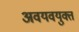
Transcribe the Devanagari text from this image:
अवयवयुक्त